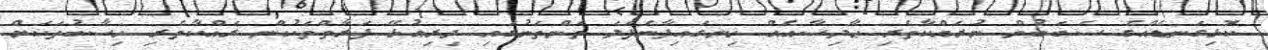
ކޮޅިގަނޑެއްގެ ސަބަބުން ނުރައްކާތެރި ޙާދިސާއެއް ހިނގައިފާނެފަދަ ތަންތަނުގައި ދިރިއުޅޭ ފަރާތްތަކުން ރައްކާތެރި ހިސާބުތަކަށް